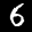
Label: 6